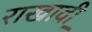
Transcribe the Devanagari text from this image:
राखावी़